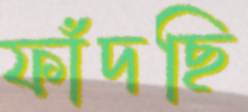
ফাঁদছি